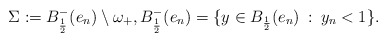
\begin{align*}\Sigma:=B^-_\frac{1}{2}(e_n)\setminus \omega_+,B^-_\frac{1}{2}(e_n)=\{y\in B_\frac{1}{2}(e_n)\::\: y_n<1\}. \end{align*}